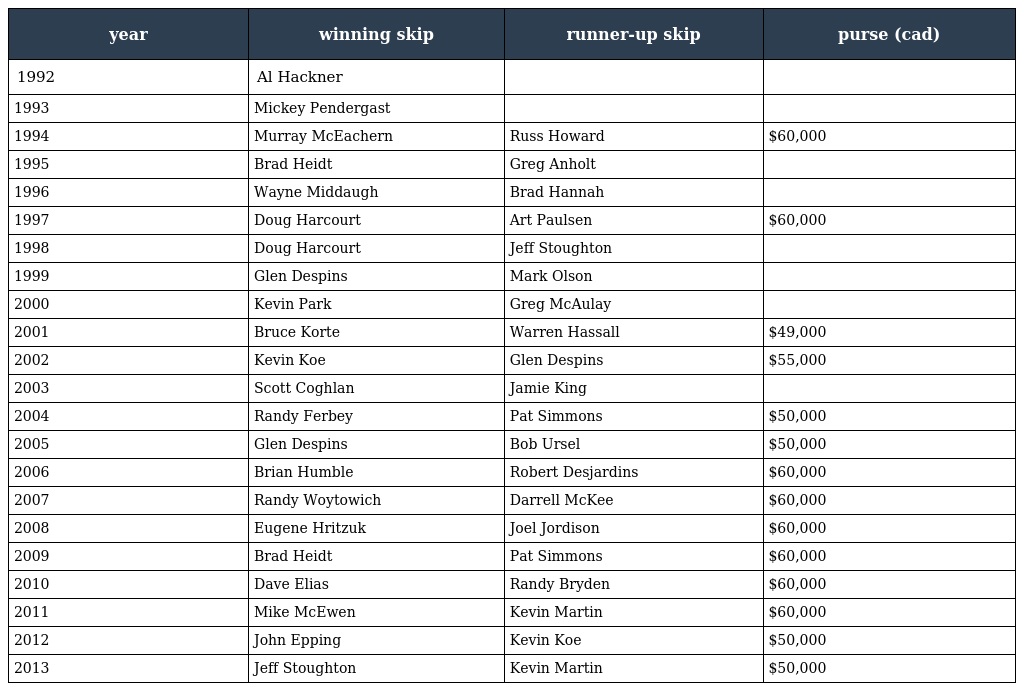
| year | winning skip | runner-up skip | purse (cad) |
 | --- | --- | --- | --- |
 | 1992 | Al Hackner |  |  |
 | 1993 | Mickey Pendergast |  |  |
 | 1994 | Murray McEachern | Russ Howard | $60,000 |
 | 1995 | Brad Heidt | Greg Anholt |  |
 | 1996 | Wayne Middaugh | Brad Hannah |  |
 | 1997 | Doug Harcourt | Art Paulsen | $60,000 |
 | 1998 | Doug Harcourt | Jeff Stoughton |  |
 | 1999 | Glen Despins | Mark Olson |  |
 | 2000 | Kevin Park | Greg McAulay |  |
 | 2001 | Bruce Korte | Warren Hassall | $49,000 |
 | 2002 | Kevin Koe | Glen Despins | $55,000 |
 | 2003 | Scott Coghlan | Jamie King |  |
 | 2004 | Randy Ferbey | Pat Simmons | $50,000 |
 | 2005 | Glen Despins | Bob Ursel | $50,000 |
 | 2006 | Brian Humble | Robert Desjardins | $60,000 |
 | 2007 | Randy Woytowich | Darrell McKee | $60,000 |
 | 2008 | Eugene Hritzuk | Joel Jordison | $60,000 |
 | 2009 | Brad Heidt | Pat Simmons | $60,000 |
 | 2010 | Dave Elias | Randy Bryden | $60,000 |
 | 2011 | Mike McEwen | Kevin Martin | $60,000 |
 | 2012 | John Epping | Kevin Koe | $50,000 |
 | 2013 | Jeff Stoughton | Kevin Martin | $50,000 |